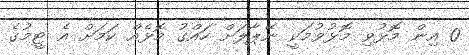
0 އިން މޮޅުވި މޮޅުވުމަކީ ނޭޕާލަށް ހައްގު މޮޅެއް ކަމަށް އެ ޓީމުގެ